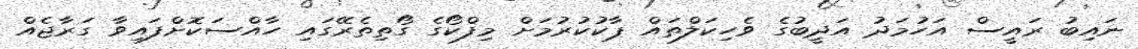
ނައިބު ރައީސް އަހުމަދު އަދީބުގެ ވެހިކަލްތައް ޕާކުކުރުމަށް މިފްކޯގެ ގޯތިތެރޭގައި ހާއްސަކޮށްފައިވާ ގަރާޖެއް